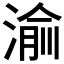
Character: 𬈝